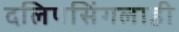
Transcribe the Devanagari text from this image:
दलिपसिंगलाही